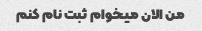
من الان میخوام ثبت نام کنم